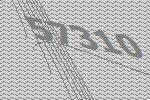
57310